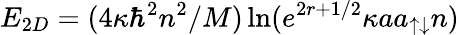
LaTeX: E_{2D}=(4\kappa\hbar^{2}n^{2}/M)\ln(e^{2r+1/2}\kappa aa_{\uparrow\downarrow}n)